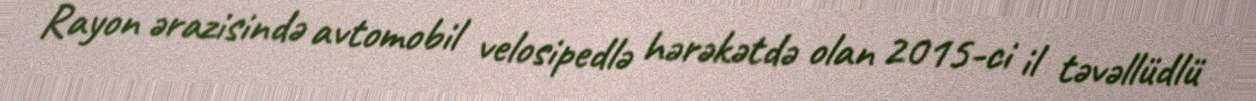
Rayon ərazisində avtomobil velosipedlə hərəkətdə olan 2015-ci il təvəllüdlü